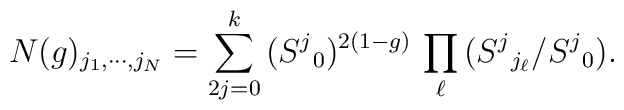
N(g)_{j_1,\cdots,j_N}=\sum_{2j=0}^k	\big(S^j{}_0)^{2(1-g)}\,\prod_\ell\big(S^j{}_{j_\ell}\big/	S^j{}_0\big).